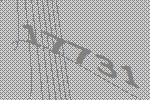
17731